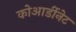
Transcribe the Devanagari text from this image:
कोआर्डीनेट